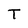
Character: T